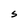
Character: S